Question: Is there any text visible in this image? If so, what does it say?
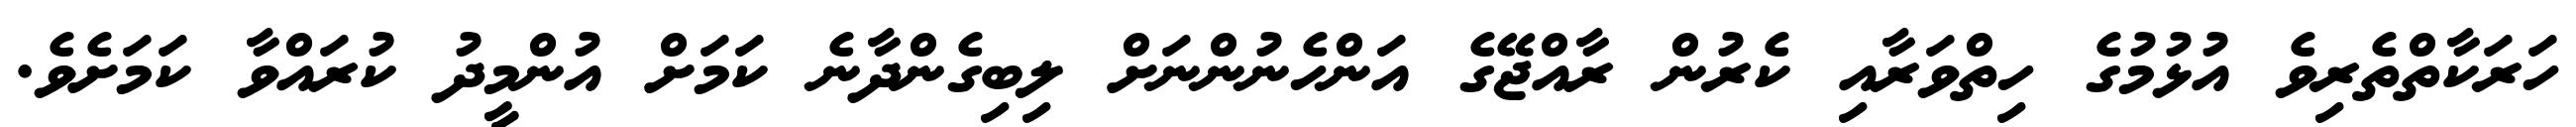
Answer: ހަރަކާތްތެރިވެ އުޅުމުގެ ހިތްވަރާއި ކެރުން ރާއްޖޭގެ އަންހެނުންނަށް ލިބިގެންދާނެ ކަމަށް އުންމީދު ކުރައްވާ ކަމަށެވެ.